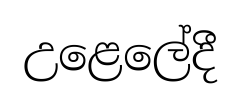
උළෙලේදී